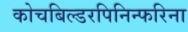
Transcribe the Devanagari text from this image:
कोचबिल्डरपिनिन्फरिना